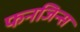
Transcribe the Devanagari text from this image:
फनजिन्स